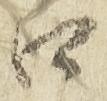
口